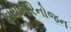
ફાયબરિનોજન